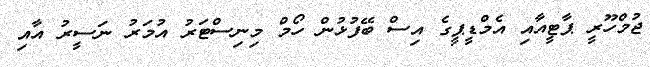
ޖުމްހޫރީ ޕާޓީއާއި އެމްޑީޕީގެ އިސް ބޭފުޅުން ހޯމް މިނިސްޓަރު އުމަރު ނަސީރު އާއި